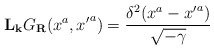
\begin{align*}{\bf L}_{\bf k}G_{\bf R}(x^a,{x'}^a) = \frac{\delta^2(x^a-{x'}^a)}{\sqrt{-\gamma}}\end{align*}